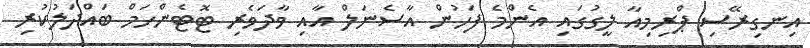
އިނގިރޭސި ޕްރިމިއާ ލީގުގައި އެންމެ ފަހުން އާސެނަލް އާއި ވާދަވެރި ޓޮޓެންހަމް ބައްދަލުކުރި